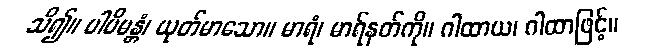
သိ၍။ ပါပိမန္တံ၊ ယုတ်မာသော။ မာရံ၊ မာရ်နတ်ကို။ ဂါထာယ၊ ဂါထာဖြင့်။